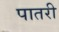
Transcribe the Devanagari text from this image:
पातरी